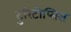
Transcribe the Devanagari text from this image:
टुरिटोप्सिस